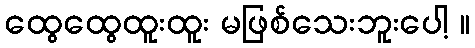
ထွေထွေထူးထူး မဖြစ်သေးဘူးပေါ့ ။